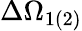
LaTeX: \Delta\Omega_{1(2)}